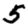
Digit: 5